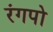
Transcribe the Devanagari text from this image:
रंगपो